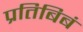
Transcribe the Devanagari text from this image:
प्रतिबिबं